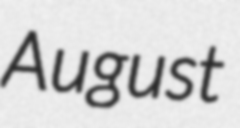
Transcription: August